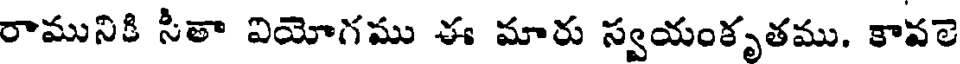
రామునికి సీతా వియోగము ఈ మారు స్వయంకృతము. కావలె